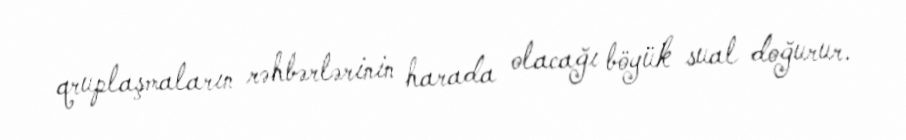
qruplaşmaların rəhbərlərinin harada olacağı böyük sual doğurur.